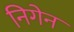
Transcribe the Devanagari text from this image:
निगेन